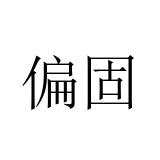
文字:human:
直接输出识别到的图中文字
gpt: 偏固